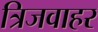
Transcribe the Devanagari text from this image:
त्रिजवाहर